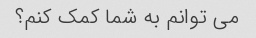
می توانم به شما کمک کنم؟